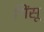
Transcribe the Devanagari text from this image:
गिंसू